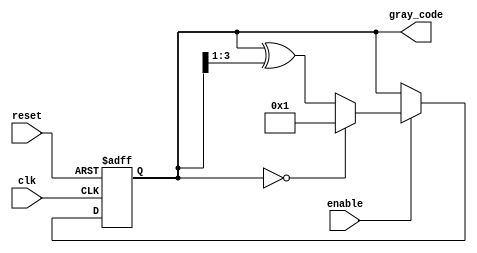
module GrayCodeCounter(
  input clk,
  input reset,
  input enable,
  output reg[3:0] gray_code
);

reg[3:0] count;

always @(posedge clk or posedge reset) begin
  if (reset) begin
    count <= 4'b0000;
  end else if (enable) begin
    if (count == 4'b0000) begin
      count <= 4'b0001;
    end else begin
      count <= count ^ (count >> 1);
    end
  end
end

assign gray_code = count;

endmodule